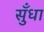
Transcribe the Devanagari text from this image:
सुँधा